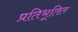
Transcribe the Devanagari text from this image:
प्रतिभूतित